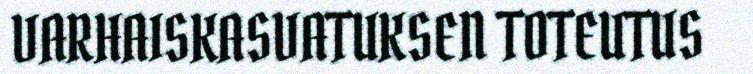
VARHAISKASVATUKSEN TOTEUTUS